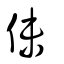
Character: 佅